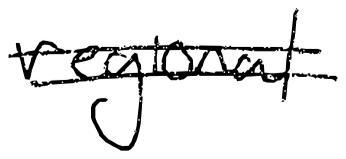
Text: regional
Cross-out: double-line
Writing tool: digital_black